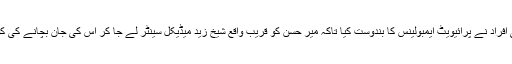
ایسے میں مقامی افراد نے پرائیویٹ ایمبولینس کا بندوست کیا تاکہ میر حسن کو قریب واقع شیخ زید میڈیکل سینٹر لے جا کر اس کی جان بچانے کی کوشش کی جائے۔